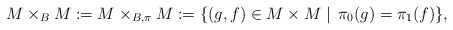
\begin{align*}M\times_B M := M\times_{B,\pi} M:= \{ (g,f) \in M \times M \mid \, \pi_0(g) = \pi_1(f) \} ,\end{align*}